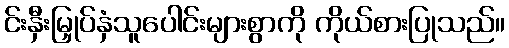
င်းနှီးမြှုပ်နှံသူပေါင်းများစွာကို ကိုယ်စားပြုသည်။